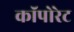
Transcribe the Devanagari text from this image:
कॉपोरेट